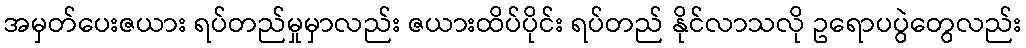
အမှတ်ပေးဇယား ရပ်တည်မှုမှာလည်း ဇယားထိပ်ပိုင်း ရပ်တည် နိုင်လာသလို ဥရောပပွဲတွေလည်း